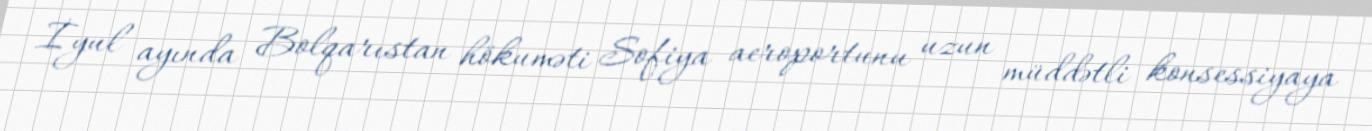
İyul ayında Bolqarıstan hökuməti Sofiya aeroportunu uzun müddətli konsessiyaya